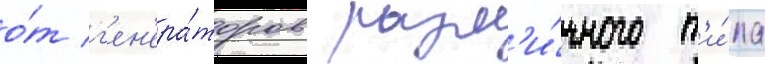
о́т г'ен'ера́торов разл'и́чного т'и́па